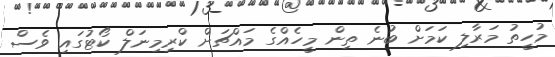
މުހީތު މަރާލި ކަމަށް ބުނެ ތިން މީހެއްގެ މައްޗަށް ކްރިމިނަލް ކޯޓުގައި ވެސް